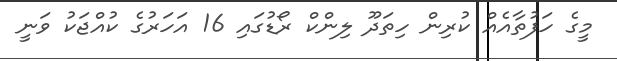
މީގެ ހަފުތާއެއް ކުރިން ހިތަދޫ ލިންކް ރޯޑުގައި 16 އަހަރުގެ ކުއްޖަކު ވަނީ